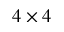
4 \times 4